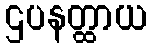
ဌပနတ္ထာယ